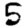
Digit: 5